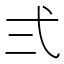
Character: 弍